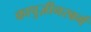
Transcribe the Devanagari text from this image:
कापुज़ीनरबर्ग